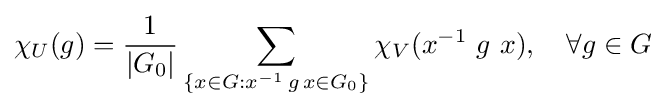
\chi _{U}(g)={\frac {1}{|G_{0}|}}\sum _{\{x\in G:{x}^{-1}\,g\,x\in G_{0}\}}\chi _{V}({x}^{-1}\ g\ x),\quad \forall g\in G